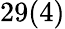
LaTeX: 29(4)